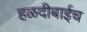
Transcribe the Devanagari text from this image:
हळदीबाईच